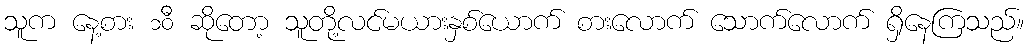
သူက နေ့စား ၁၀ီ ဆိုတော့ သူတို့လင်မယားနှစ်ယောက် စားလောက် သောက်လောက် ရှိနေကြသည်။